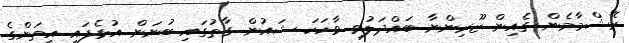
ރޭޝްމާމެން ގެއިން ޒޫރިންނާ ބައްދަލުވި ވާހަކަ ޝައުން ގާތުގައި ބުނަން އުޅެފައި އީތަންގެ